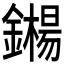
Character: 𬬍